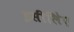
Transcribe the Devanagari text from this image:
इसीलिेए